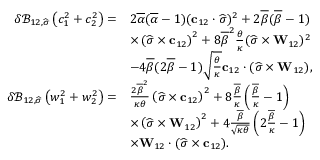
\begin{array} { r l } { \delta \mathcal { B } _ { 1 2 , \widehat { \boldsymbol { \sigma } } } \left( c _ { 1 } ^ { 2 } + c _ { 2 } ^ { 2 } \right) = } & { 2 \overline { { \alpha } } ( \overline { { \alpha } } - 1 ) ( \mathbf { c } _ { 1 2 } \cdot \widehat { \boldsymbol { \sigma } } ) ^ { 2 } + 2 \overline { { \beta } } ( \overline { { \beta } } - 1 ) } \\ & { \times \left( \widehat { \boldsymbol { \sigma } } \times \mathbf { c } _ { 1 2 } \right) ^ { 2 } + 8 \overline { { \beta } } ^ { 2 } \frac { \theta } { \kappa } ( \widehat { \boldsymbol { \sigma } } \times \mathbf { W } _ { 1 2 } ) ^ { 2 } } \\ & { - 4 \overline { { \beta } } ( 2 \overline { { \beta } } - 1 ) \sqrt { \frac { \theta } { \kappa } } \mathbf { c } _ { 1 2 } \cdot ( \widehat { \boldsymbol { \sigma } } \times \mathbf { W } _ { 1 2 } ) , } \\ { \delta \mathcal { B } _ { 1 2 , \widehat { \boldsymbol { \sigma } } } \left( w _ { 1 } ^ { 2 } + w _ { 2 } ^ { 2 } \right) = } & { \frac { 2 \overline { { \beta } } ^ { 2 } } { \kappa \theta } \left( \widehat { \boldsymbol { \sigma } } \times \mathbf { c } _ { 1 2 } \right) ^ { 2 } + 8 \frac { \overline { { \beta } } } { \kappa } \left( \frac { \overline { { \beta } } } { \kappa } - 1 \right) } \\ & { \times \left( \widehat { \boldsymbol { \sigma } } \times \mathbf { W } _ { 1 2 } \right) ^ { 2 } + 4 \frac { \overline { { \beta } } } { \sqrt { \kappa \theta } } \left( 2 \frac { \overline { { \beta } } } { \kappa } - 1 \right) } \\ & { \times \mathbf { W } _ { 1 2 } \cdot ( \widehat { \boldsymbol { \sigma } } \times \mathbf { c } _ { 1 2 } ) . } \end{array}